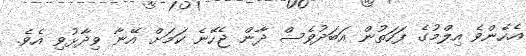
އެހެންވެ އިލްމުގެ ފަހަތުން އަބަދުވެސް ދާން ޖެހޭނެ ކަމަށް އޭނާ ވިދާޅުވި އެވެ.